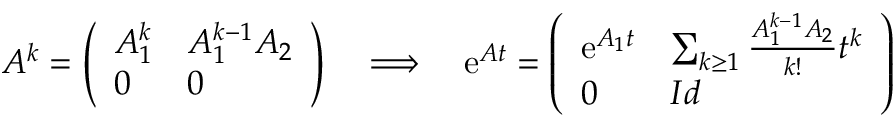
\begin{array} { r } { A ^ { k } = \left( \begin{array} { l l } { A _ { 1 } ^ { k } } & { A _ { 1 } ^ { k - 1 } A _ { 2 } } \\ { 0 } & { 0 } \end{array} \right) \quad \Longrightarrow \quad \mathrm { e } ^ { A t } = \left( \begin{array} { l l } { \mathrm { e } ^ { A _ { 1 } t } } & { \sum _ { k \geq 1 } \frac { A _ { 1 } ^ { k - 1 } A _ { 2 } } { k ! } t ^ { k } } \\ { 0 } & { I d } \end{array} \right) } \end{array}